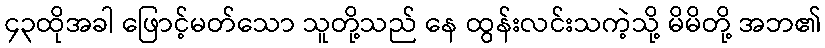
၄၃ထိုအခါ ဖြောင့်မတ်သော သူတို့သည် နေ ထွန်းလင်းသကဲ့သို့ မိမိတို့ အဘ၏